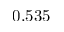
0 . 5 3 5